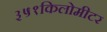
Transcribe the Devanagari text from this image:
३५१किलोमीटर